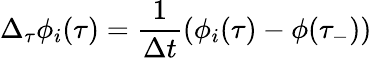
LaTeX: \Delta_{\tau}\phi_{i}(\tau)=\frac{1}{\Delta t}(\phi_{i}(\tau)-\phi(\tau_{-}))